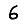
Digit: 6